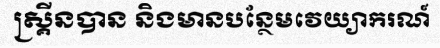
ស្គ្រីនបាន និងមានបន្ថែមវេយ្យាករណ៍